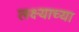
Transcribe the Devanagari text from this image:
लक्ष्याच्या